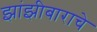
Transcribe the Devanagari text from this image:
झांझीबाराचे